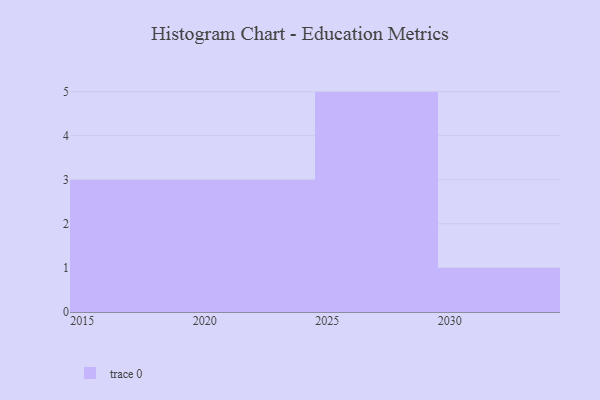
{"axis": {"x": "Year", "y": "Temperature (°C)"}, "legend": [""], "data": [{"x": "2026", "y": 97, "type": ""}, {"x": "2023", "y": 24, "type": ""}, {"x": "2028", "y": 8, "type": ""}, {"x": "2029", "y": 97, "type": ""}, {"x": "2025", "y": 94, "type": ""}, {"x": "2020", "y": 39, "type": ""}, {"x": "2021", "y": 76, "type": ""}, {"x": "2018", "y": 20, "type": ""}, {"x": "2015", "y": 72, "type": ""}, {"x": "2030", "y": 89, "type": ""}, {"x": "2016", "y": 81, "type": ""}, {"x": "2027", "y": 98, "type": ""}]}